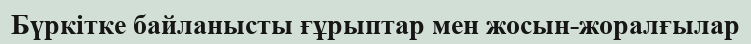
Бүркітке байланысты ғұрыптар мен жосын-жоралғылар